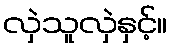
လှဲသူလှဲနှင့်။